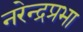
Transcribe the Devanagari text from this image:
नरेन्द्रप्रभा